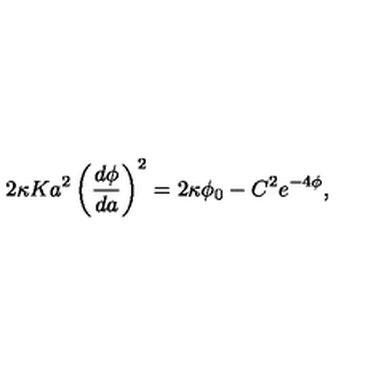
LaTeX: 2 \kappa K a ^ { 2 } \left( \frac { d \phi } { d a } \right) ^ { 2 } = 2 \kappa \phi _ { 0 } - C ^ { 2 } e ^ { - 4 \phi } ,